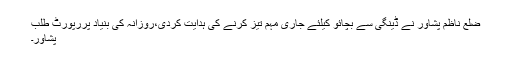
ضلع ناظم پشاور نے ڈینگی سے بچائو کیلئے جاری مہم تیز کرنے کی ہدایت کردی،روزانہ کی بنیاد پررپورٹ طلب
پشاور۔